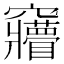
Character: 𮄦